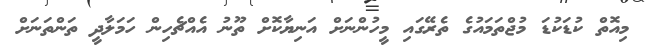
މިއޮތް ކުޑަކުޑަ މުޖްތަމައުގެ ތެރޭގައި މީހުންނަށް އަނިޔާކޮށް ތޫނު އެއްޗެހިން ހަމަލާދީ ތަންތަނަށް